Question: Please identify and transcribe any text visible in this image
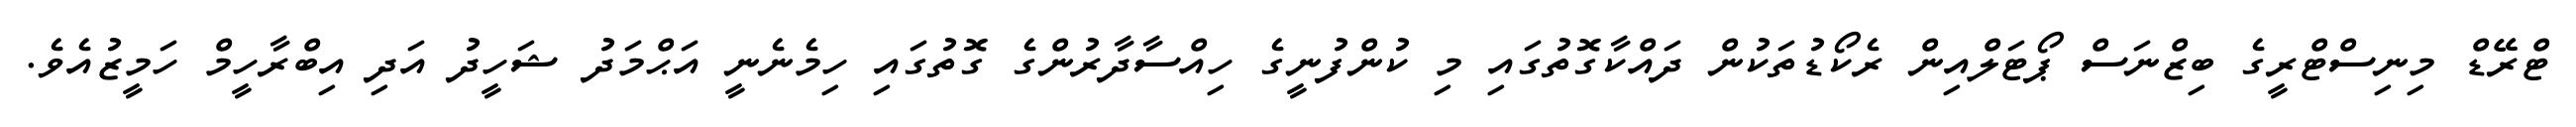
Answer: ޓްރޭޑް މިނިސްޓްރީގެ ބިޒްނަސް ޕޯޓަލްއިން ރެކޯޑުތަކުން ދައްކާގޮތުގައި މި ކުންފުނީގެ ހިއްސާދާރުންގެ ގޮތުގައި ހިމެނެނީ އަޙްމަދު ޝަހީދު އަދި އިބްރާހީމް ހަމީޒުއެވެ.